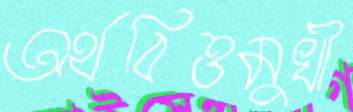
অর্থবিত্তমুখী